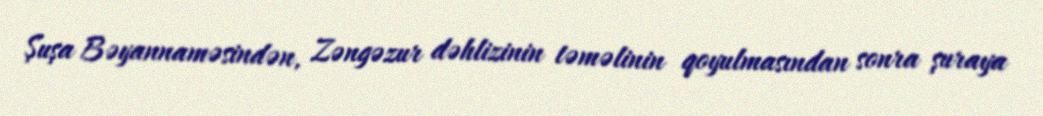
Şuşa Bəyannaməsindən, Zəngəzur dəhlizinin təməlinin qoyulmasından sonra şuraya